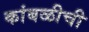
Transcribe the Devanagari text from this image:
कांबळीची